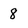
Character: 8